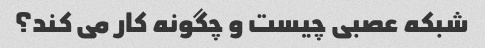
شبکه عصبی چیست و چگونه کار می کند؟